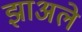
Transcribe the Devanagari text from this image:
झाअले